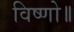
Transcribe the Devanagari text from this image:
विष्णो॥